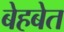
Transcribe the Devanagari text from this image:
बेहबेत